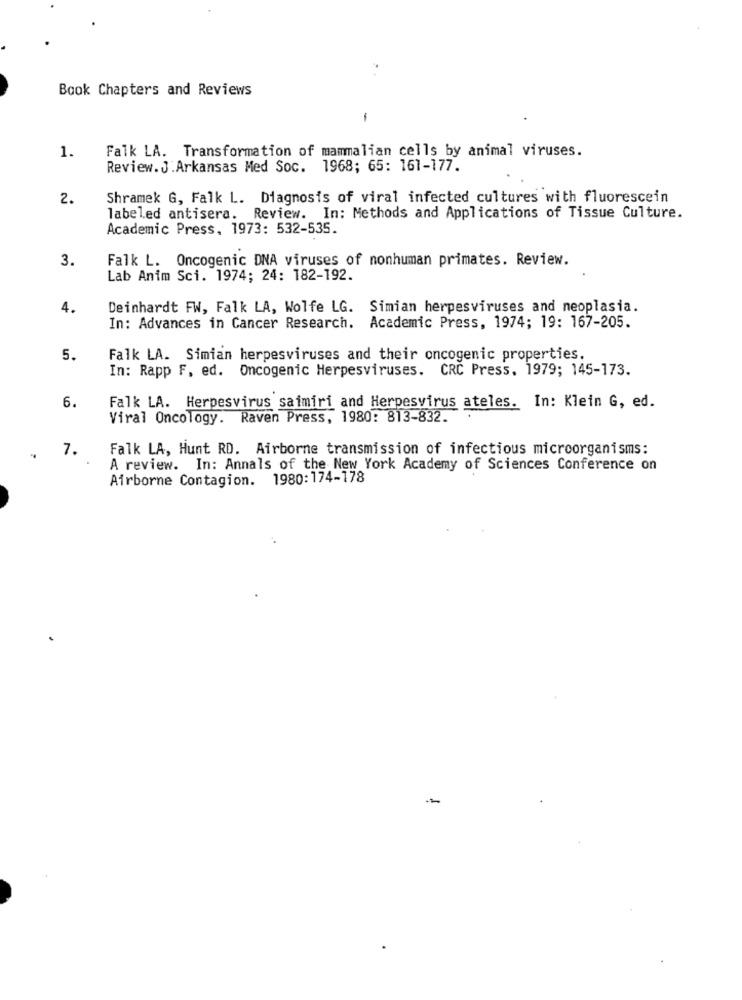
Book Chapters and Reviews
-
1.
Falk LA. Transformation of mammalian cells by animal viruses.
Review. J . Arkansas Med Soc. 1968; 65: 161-177.
2.
Shramek G, Falk L. Diagnosis of viral infected cultures with fluorescein
labeled antisera. Review. In: Methods and Applications of Tissue Culture.
Academic Press, 1973: 532-535.
3.
Falk L. Oncogenic DNA viruses of nonhuman primates. Review.
Lab Anim Sci. 1974; 24: 182-192.
4.
Deinhardt FW, Falk LA, Wolfe LG. Simian herpesviruses and neoplasia.
In: Advances in Cancer Research. Academic Press, 1974; 19: 167-205.
5.
Falk LA. Simian herpesviruses and their oncogenic properties.
In: Rapp F. ed. Oncogenic Herpesviruses. CRC Press. 1979; 145-173.
6.
Falk LA. Herpesvirus saimiri and Herpesvirus ateles. In: Klein G, ed.
Viral Oncology. Raven Press, 1980: 813-832.
7.
Falk LA, Hunt RD. Airborne transmission of infectious microorganisms:
A review. In: Annals of the New York Academy of Sciences Conference on
Airborne Contagion. 1980:174-178